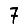
Digit: 7